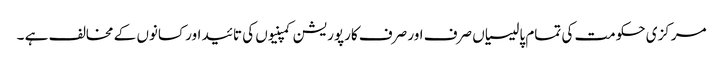
مرکزی حکومت کی تمام پالیسیاں صرف اور صرف کارپوریشن کمپنیوں کی تائید اور کسانوں کے مخالف ہے ۔